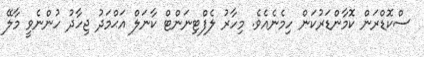
ސްކޮޑްރަން ކޮމާންޑަރުކަން ހިމެނެއެވެ. މިހާރު ލެފްޓިނަންޓް ކާނަލް އަޙްމަދު ޖިހާދު ހުންނެވީ މާލޭ